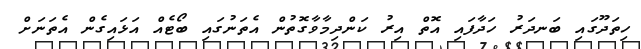
ހިތަދޫގައި ބަނދަރު ހަދާފައި އޮތް އިރު ކަންދިމާވާގޮތުން އެތަނުގައި ބޯޓެއް އަޅައިގެން އެތަނަށް